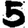
Digit: 5